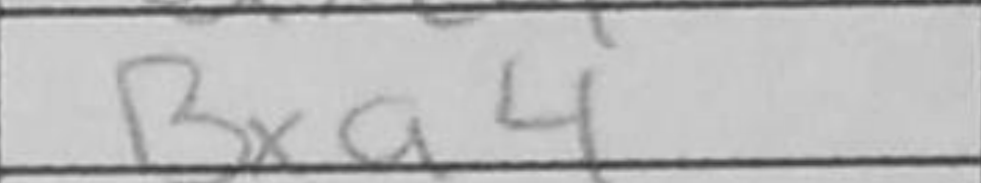
Transcription: Bxa4